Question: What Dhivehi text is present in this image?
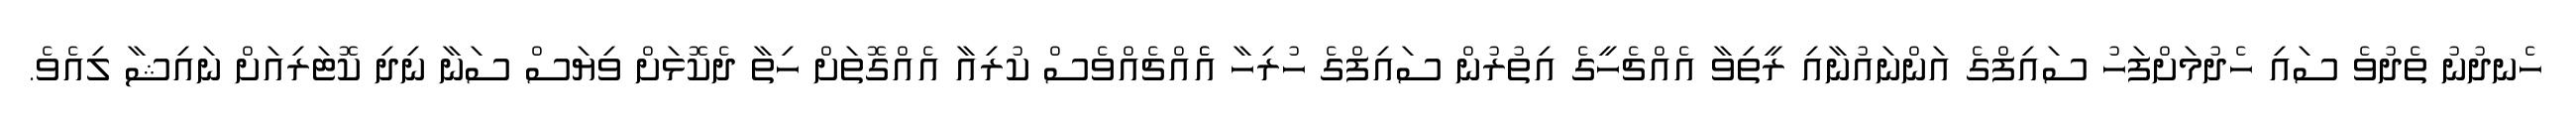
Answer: ހެނދުނު ތެދުވެ ސައި ހެދުމަށްފަހު ސައިފްގެ އަންނައުނާއި ރީތިވާ އެއްޗެހީގެ އިތުރުން ސައިފްގެ ހުރިހާ އެެއްޗެއްވެސް ކުރިއާ އެއްގޮތަށް ހިތާ ދެކޮޅަށް ވިޔަސް ސަނާ ނިދި ކޮޓަރިއަށް ނައިޝާ ލިއެވެ.